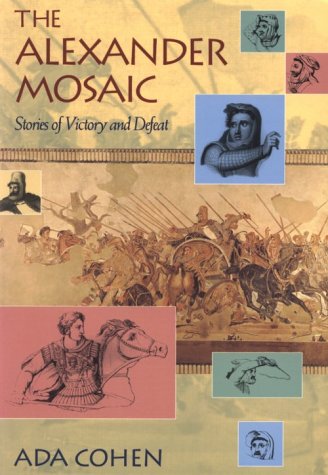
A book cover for The Alexander Mosaic: Stories of Victory and Defeat (Cambridge Studies in Classical Art and Iconography); Ada Cohen; Arts & Photography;